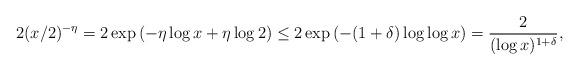
LaTeX: \begin{align*}2(x/2)^{-\eta}& = 2\exp\left(-\eta \log x +\eta \log 2\right) \leq 2\exp\left(-(1+\delta) \log \log x\right) = \frac{2}{(\log x)^{1+\delta}}, \end{align*}